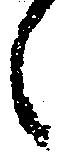
之